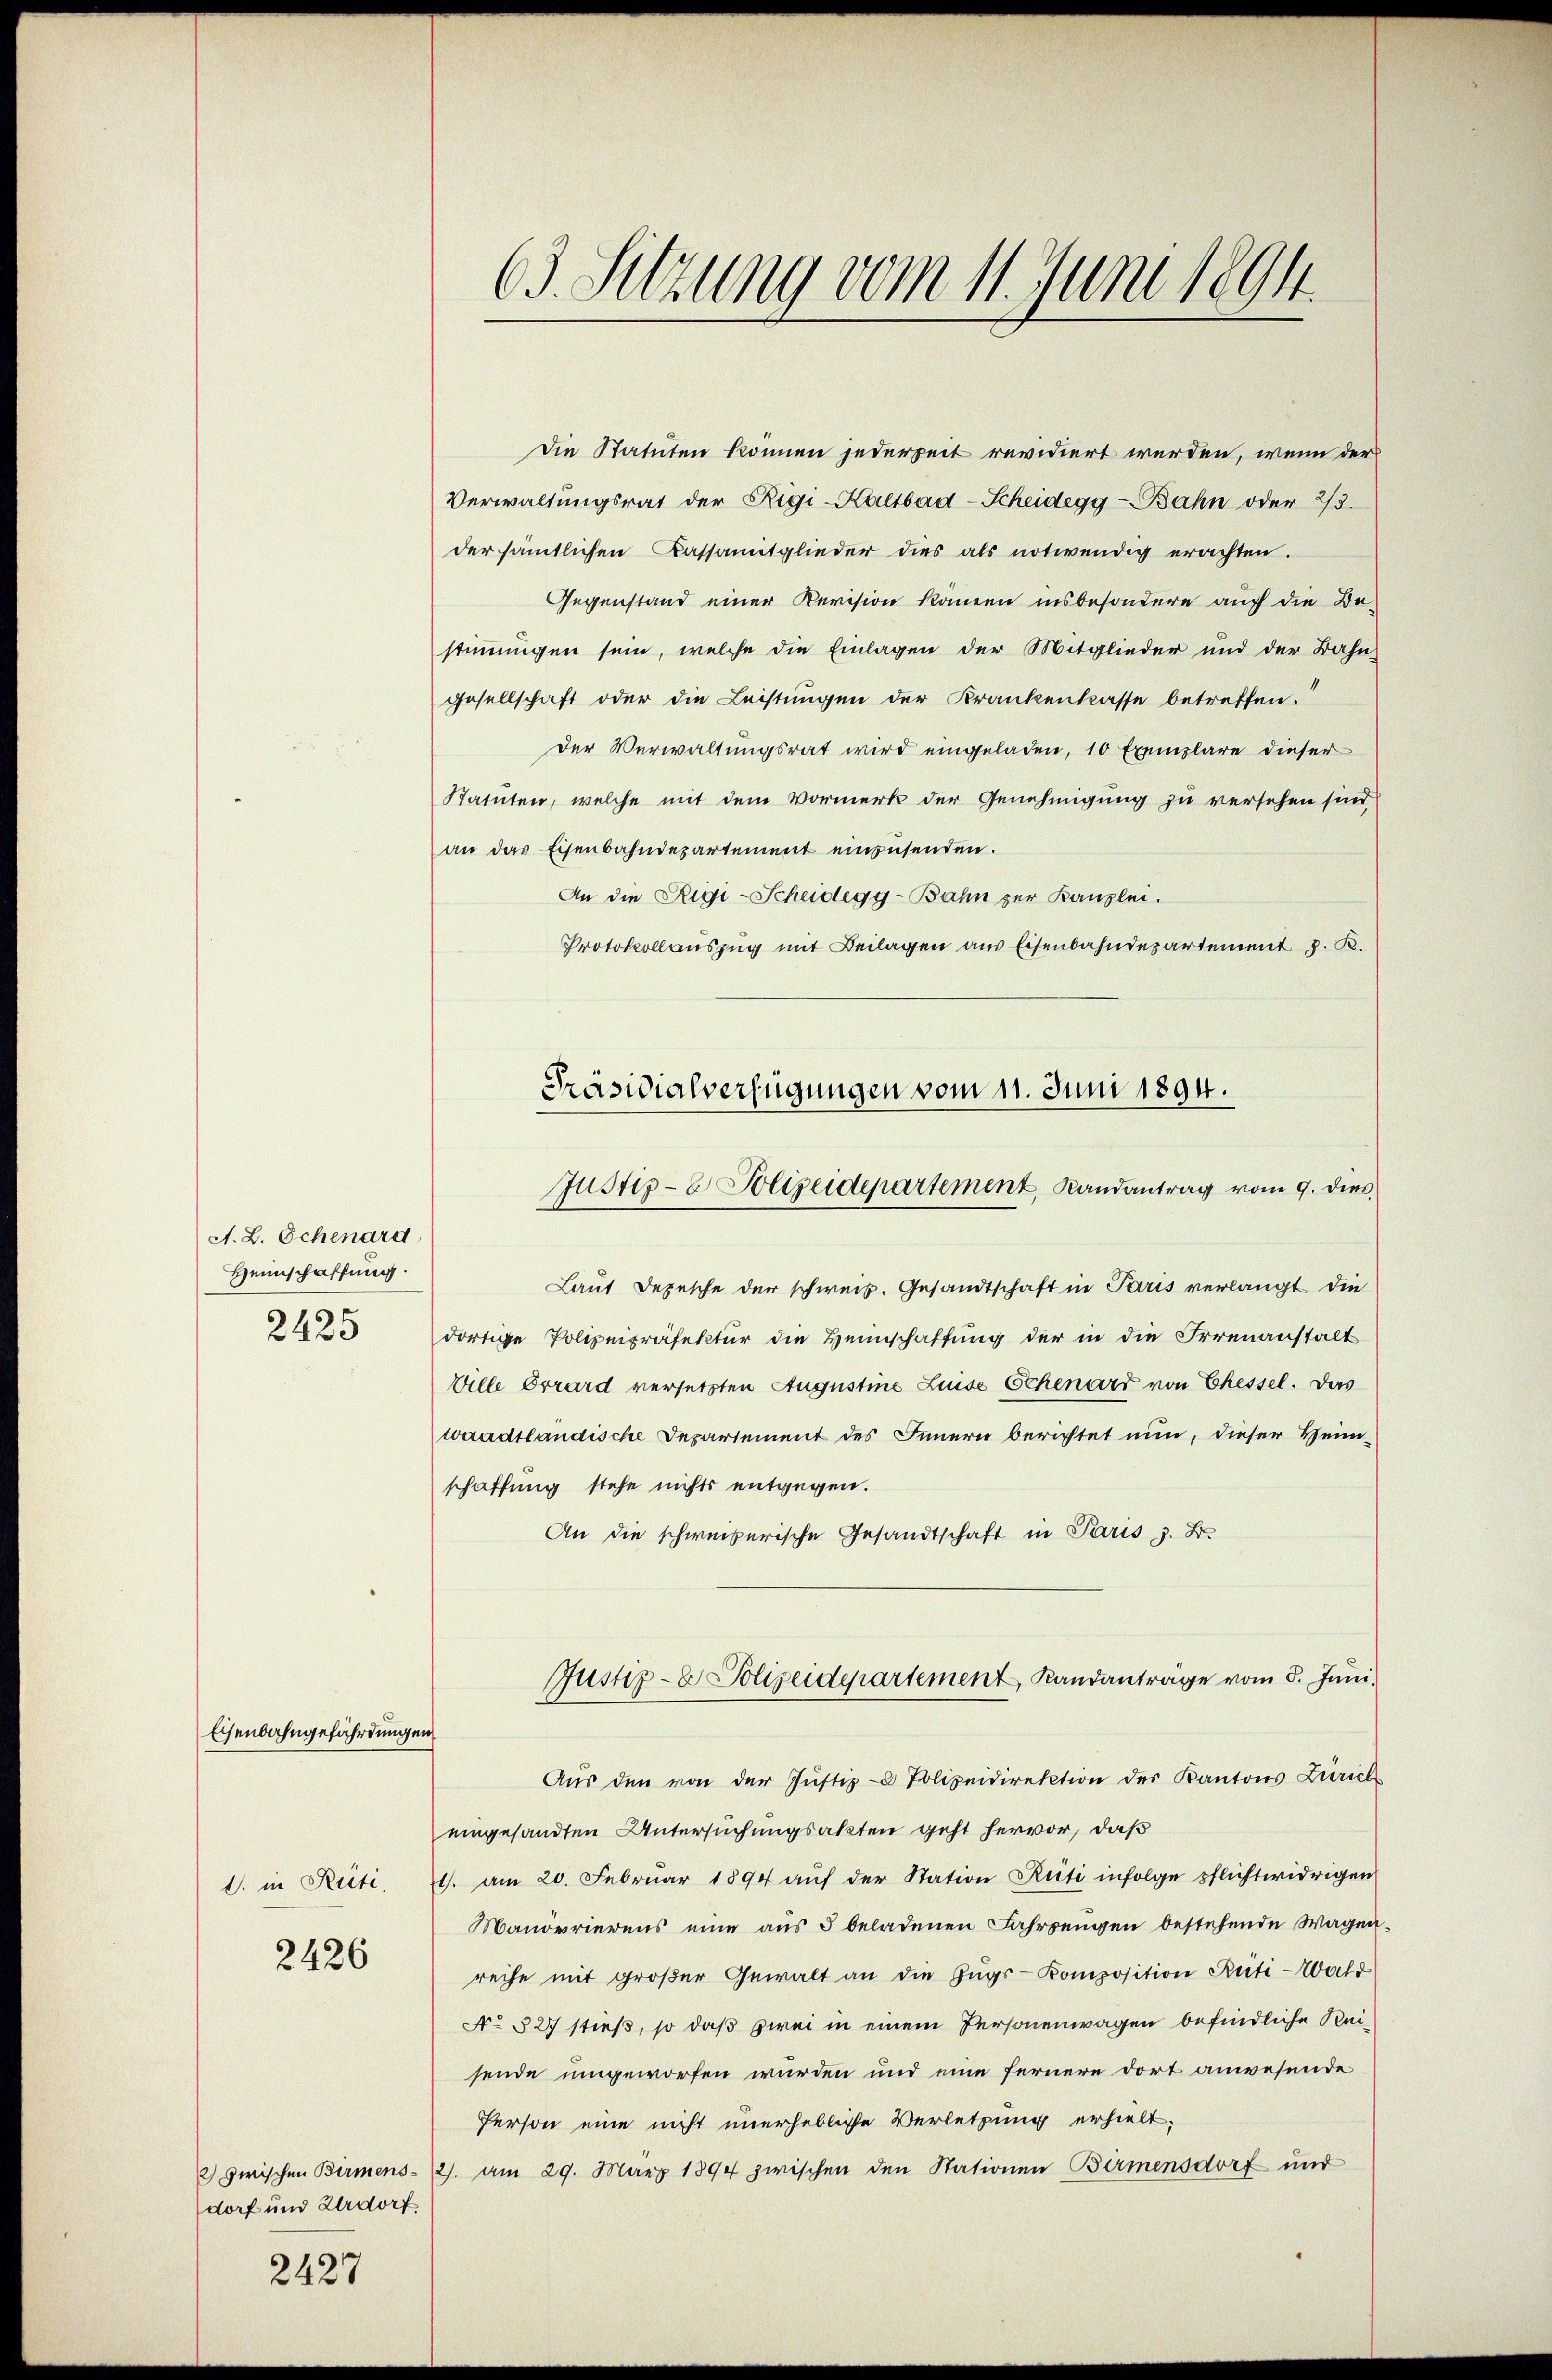
A. L. Schenard
Heimschaffung
2425

Eisenbahngefährdungen,

2426

2427

1. in Rüti.

Die Statuten können jederzeit revidiert werden, wenn der
Verwaltŭngsrat der Rigi-Kaltbad-Scheidegg-Bahn oder 2/3.
der sämtlichen Kassamitglieder dies als notwendig erachten.
Gegenstand einer Revision können insbesondere auch die Be-
stimmigen sein, welche die Einlagen der Mitglieder und der Bahn-
gesellschaft oder die Leistungen der Krankenkasse betreffen.
der Verwaltungsrat wird eingeladen, 10 Exemplare dieser
Statuten, welche mit dem Vormerk der Genehmigung zu versehen sind,
an das Eisenbahndepartement einzŭsenden.
An die Rigi-Scheidegg-Bahn zur Kanzlei.
Protokollauszug mit Beilagen aus Eisenbahndepartement J. K.

dorf und Urdorf

63. Sitzung vom 11. Juni 1891

Präsidialverfügungen vom 11. Juni 1894.
Justiz- & Polizeidepartement, Randantrag vom 9. dies

Laut Depesche der schweiz. Gesandtschaft in Paris verlangt die
dortige Polizeipräfektur die Heimschaffung der in die Irrenanstalt
Wille Errard versetzten Augustine Luise Schenard von Ehessel. Das
waadtländische Departement des Innern berichtet nun, dieser Heim-
schaffung stehe nichts entgegen.
An die schweizerische Gesandtschaft in Paris z. B.
Aŭs den von der Justiz- & Polizeidirektion des Kantons Zürich
eingesandten Untersuchungsakten geht hervor, daß
1. am 20. Februar 1894 aŭf der Station Rüti infolge pflichtwidrigen
Manövrierens eine aŭs 5 beladenen Fahrzeugen bestehende Wagen-
reihe mit großer Gewalt an die Zŭgs-Komposition Rüti-Wald
No 527 stieß, so daß zwei in einem Personenwagen befindliche Reisende umgeworfen wurden und eine fernere dort anwesende
Person eine nicht unerhebliche Verletzung erhielt.
2) zwischen Birmens- 2. am 29. März 1894 zwischen den Stationen Birmensdorf und

Justiz- & Polizeidepartement Randanträge vom 5. Juni.